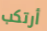
أرتكب